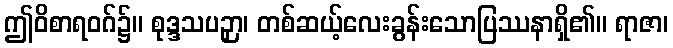
ဤဝိစာရဝဂ်၌။ စုဒ္ဒသပဉှာ၊ တစ်ဆယ့်လေးခွန်းသောပြဿနာရှိ၏။ ရာဇာ၊